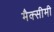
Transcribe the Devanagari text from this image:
मैक्सीमी